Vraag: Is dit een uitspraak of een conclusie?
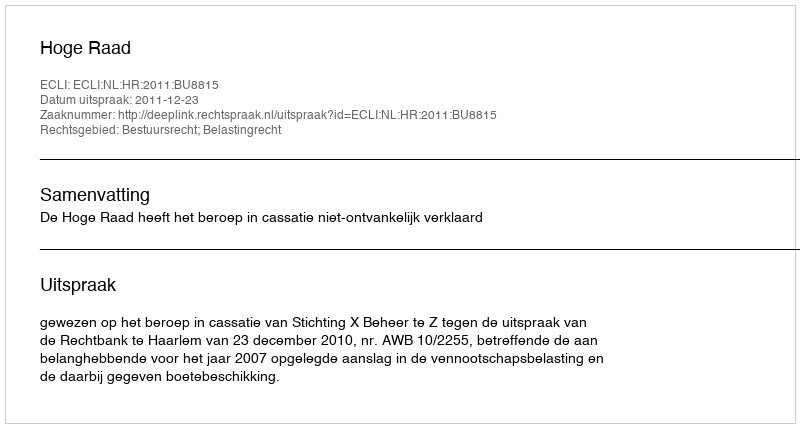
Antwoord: Uitspraak